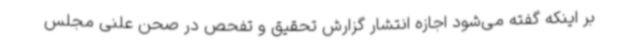
بر اینکه گفته می‌شود اجازه انتشار گزارش تحقیق و تفحص در صحن علنی مجلس